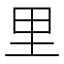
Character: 里